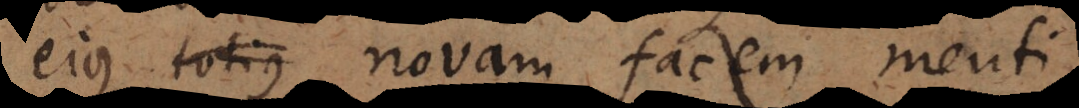
ejus novam facem menti